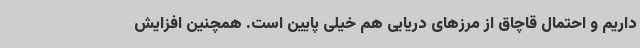
داریم و احتمال قاچاق از مرزهای دریایی هم خیلی پایین است. همچنین افزایش